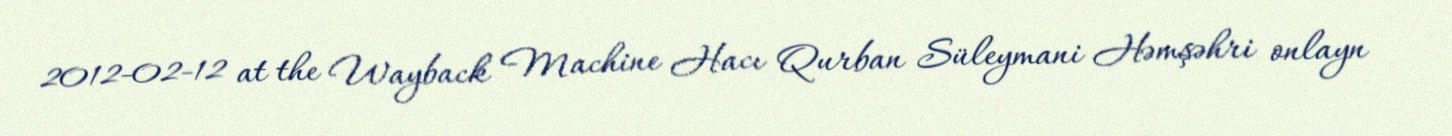
2012-02-12 at the Wayback Machine Hacı Qurban Süleymani Həmşəhri onlayn